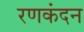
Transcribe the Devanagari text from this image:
रणकंदन